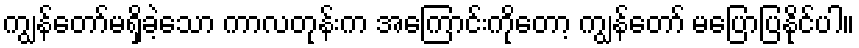
ကျွန်တော်မရှိခဲ့သော ကာလတုန်းက အကြောင်းကိုတော့ ကျွန်တော် မပြောပြနိုင်ပါ။